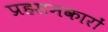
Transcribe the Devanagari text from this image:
प्रहसनकारों